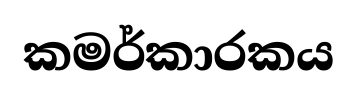
කමර්කාරකය